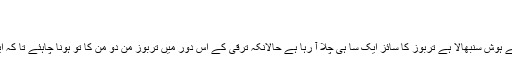
میاں نمونہ
اندر مٹی باہر چونا
میں حیرت زدہ ہوں کہ جب سے میں نے ہوش سنبھالا ہے تربوز کا سائز ایک سا ہی چلا آ رہا ہے حالانکہ ترقی کے اس دور میں تربوز من دو من کا تو ہونا چاہئے تا کہ ایک تربوز ڈیڑھ دو سو لوگ کھا سکیں ۔